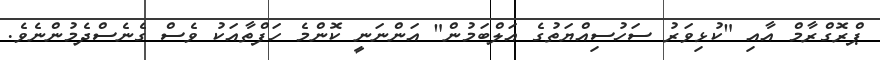
ޕްރޮގްރާމް އާއި "ކުޅިވަރު ސަހުސިއްޔަތުގެ އަލްބަމުން" އަންނަނީ ކޮންމެ ހަފްތާއަކު ވެސް ގެނެސްދެމުންނެވެ.